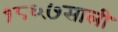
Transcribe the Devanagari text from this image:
१८६७साली